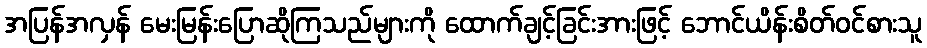
အပြန်အလှန် မေးမြန်းပြောဆိုကြသည်များကို ထောက်ချင့်ခြင်းအားဖြင့် ဘောင်ယိန်းစိတ်ဝင်စားသူ